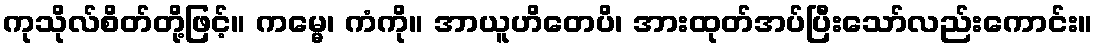
ကုသိုလ်စိတ်တို့ဖြင့်။ ကမ္မေ၊ ကံကို။ အာယူဟိတေပိ၊ အားထုတ်အပ်ပြီးသော်လည်းကောင်း။